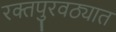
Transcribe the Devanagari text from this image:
रक्तपुरवठ्यात